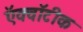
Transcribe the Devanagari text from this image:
ऍक्वॉटीक